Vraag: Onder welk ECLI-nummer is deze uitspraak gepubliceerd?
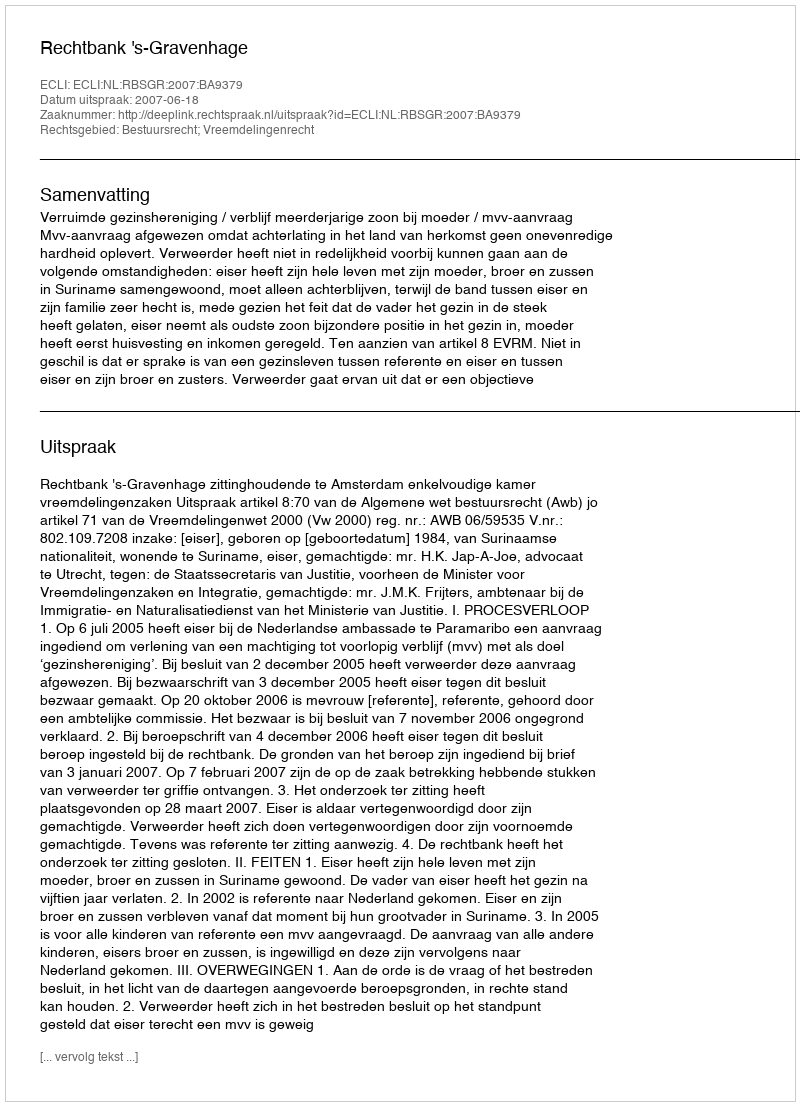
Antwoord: ECLI:NL:RBSGR:2007:BA9379